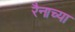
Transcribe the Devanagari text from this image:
रैनाच्या